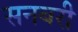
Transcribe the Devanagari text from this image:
सनबरी